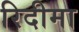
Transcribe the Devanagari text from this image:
रिदीमा